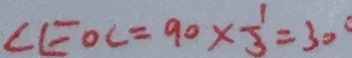
\angle E O C = 9 0 \times \frac { 1 } { 3 } = 3 0 ^ { \circ }